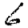
Digit: 6